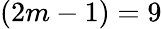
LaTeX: (2m-1)=9